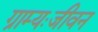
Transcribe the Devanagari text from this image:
ग्राम्यःजीवन